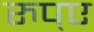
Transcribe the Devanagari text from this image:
रुप्ए